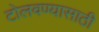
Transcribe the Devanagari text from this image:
टोलवण्यासाठी